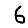
Digit: 6